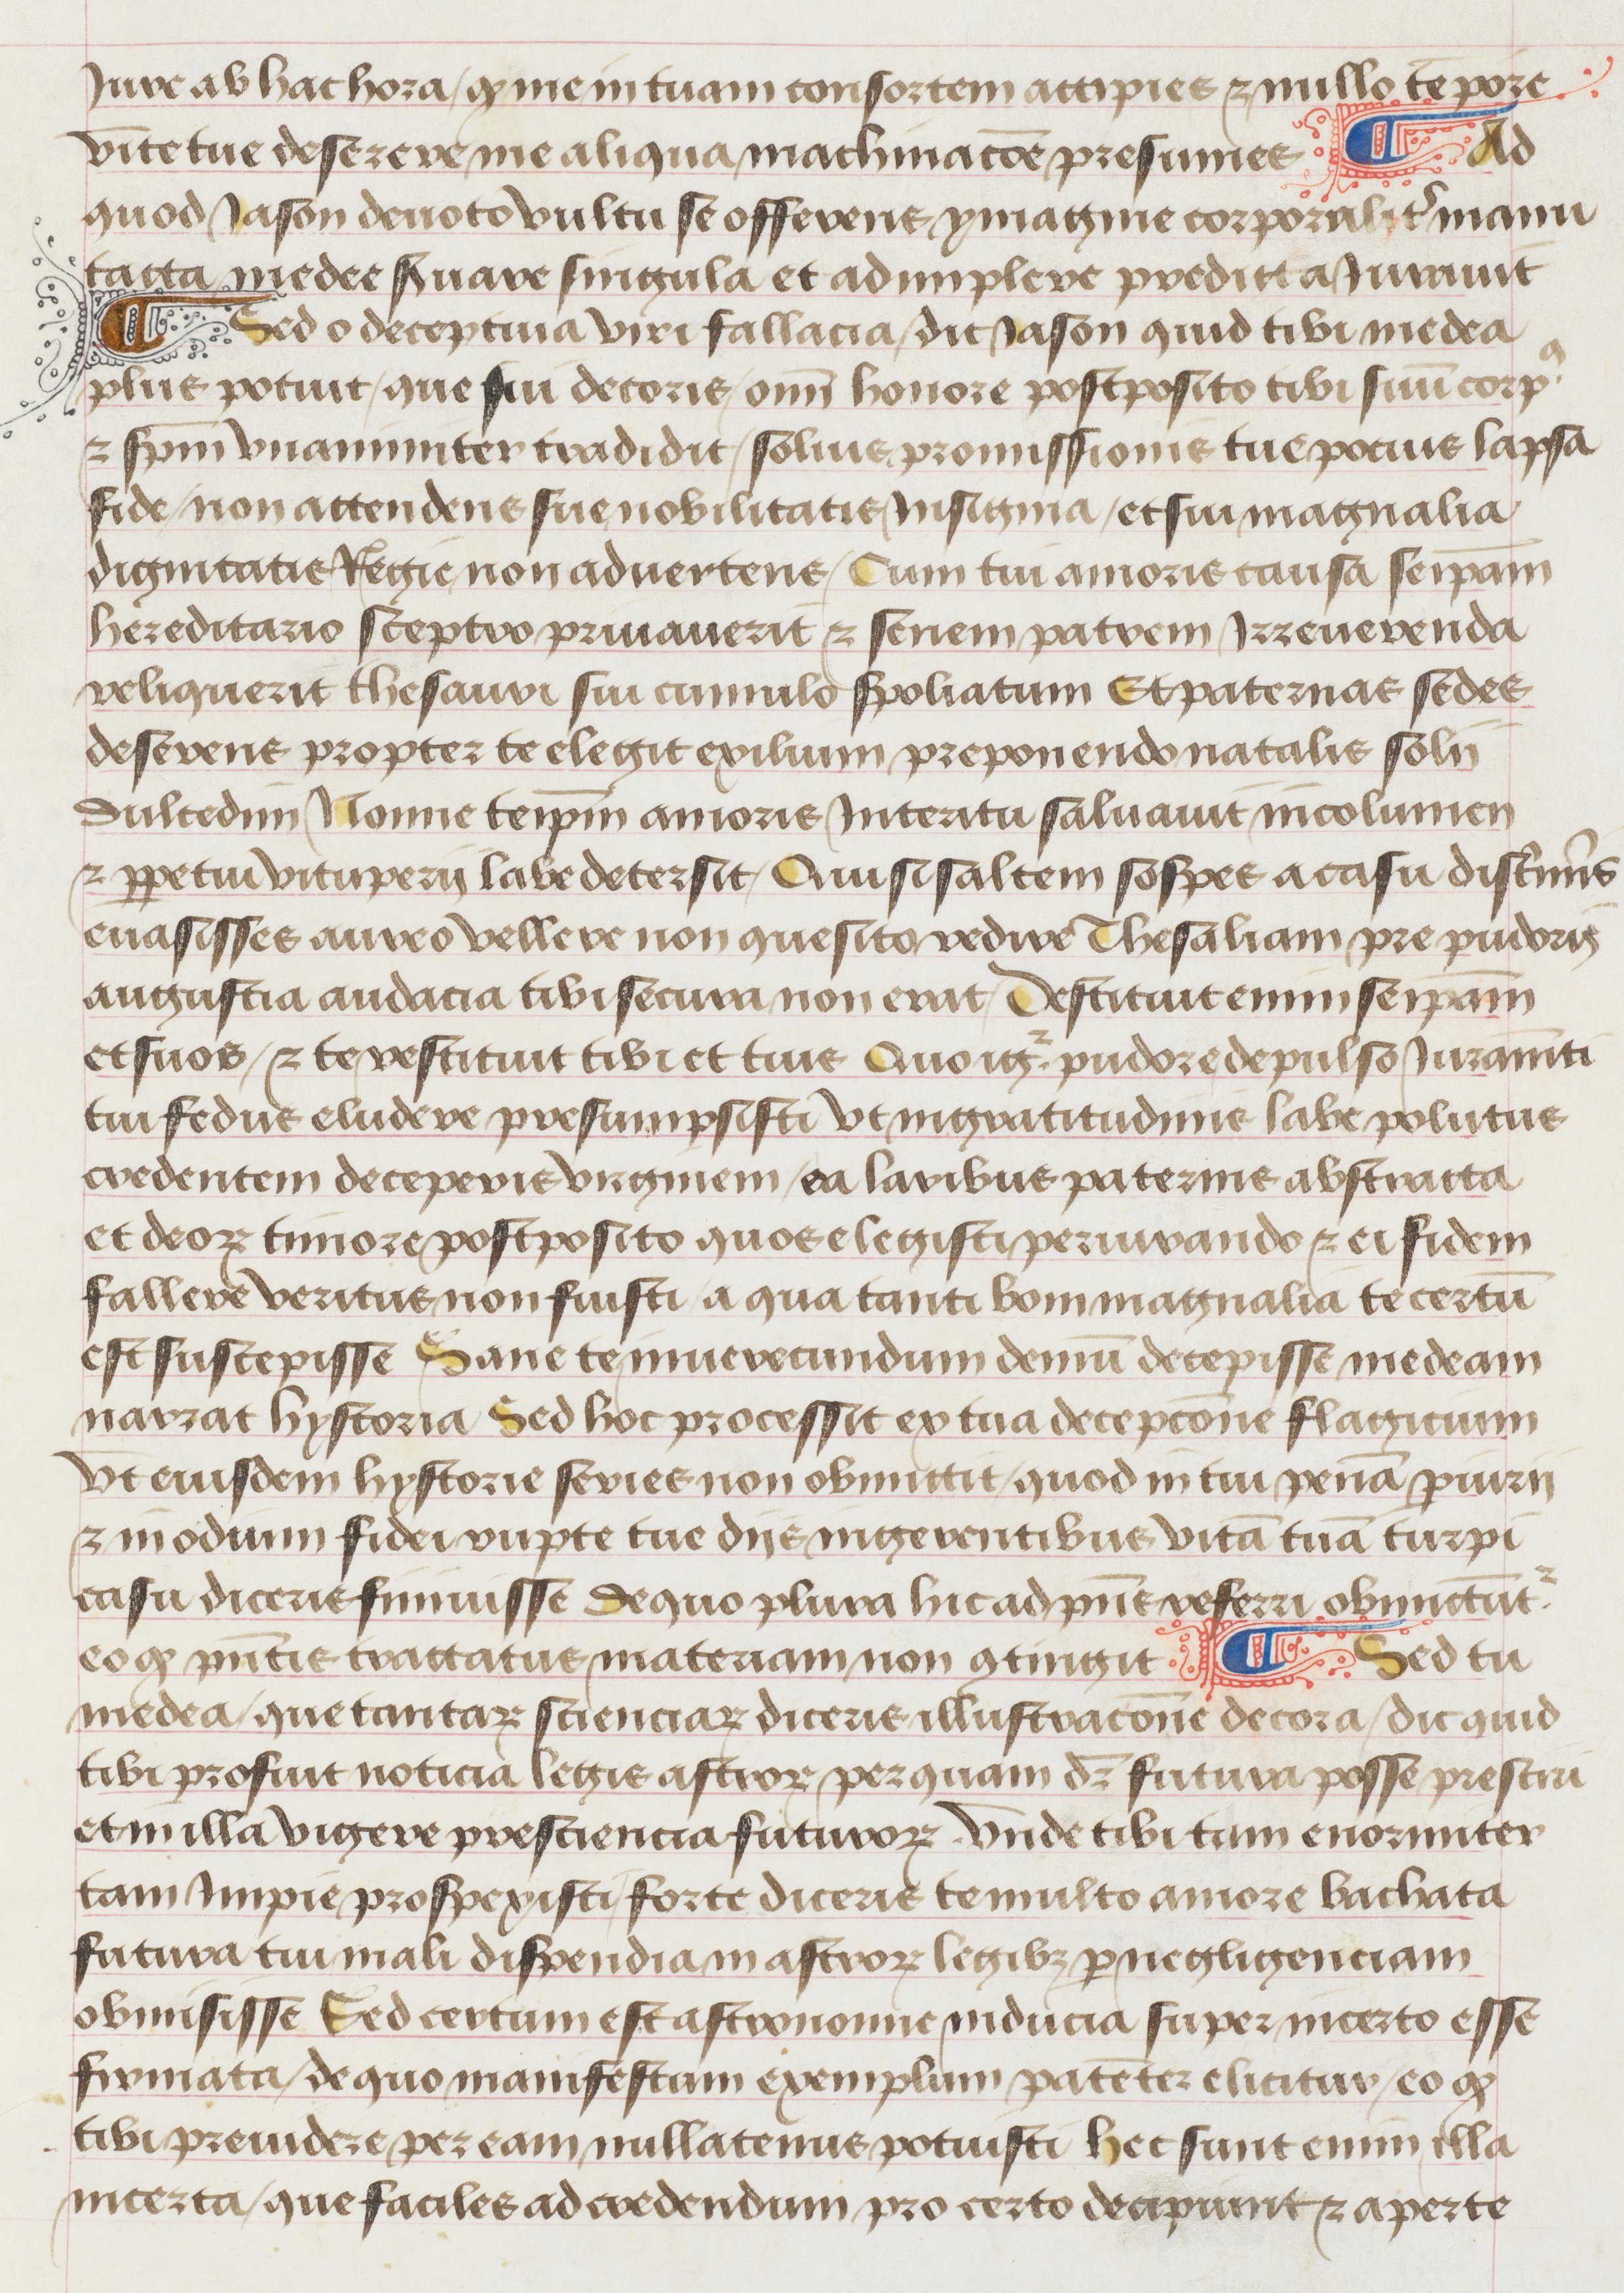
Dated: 1475–1499